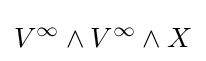
V^{\infty }\wedge V^{\infty }\wedge X